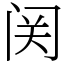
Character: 𬮦